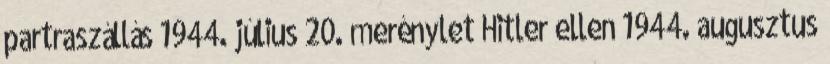
partraszállás 1944. július 20. merénylet Hitler ellen 1944. augusztus